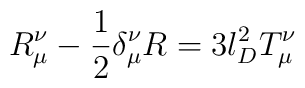
R_\mu^\nu - \frac{1}{2}\delta_{\mu}^\nu R = 3 l_D^2 T_{\mu}^{\nu}